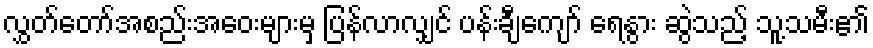
လွှတ်တော်အစည်းအဝေးများမှ ပြန်လာလျှင် ပန်းချီကျော် ရေနွား ဆွဲသည့် သူ့သမီး၏